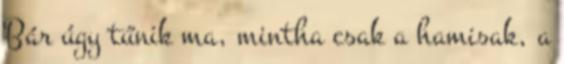
Bár úgy tűnik ma, mintha csak a hamisak, a